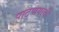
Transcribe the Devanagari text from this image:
पाटणगावी